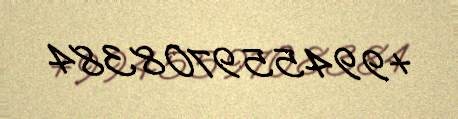
+994559708384